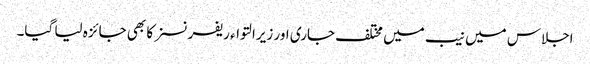
اجلاس میں نیب میں مختلف جاری اور زیرالتواء ریفرنسز کا بھی جائزہ لیا گیا۔